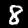
Label: 8